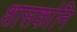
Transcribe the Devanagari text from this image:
शासकांनि